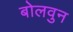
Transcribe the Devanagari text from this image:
बोलवुन